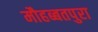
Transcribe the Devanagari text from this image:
मौहब्बतपुरा